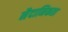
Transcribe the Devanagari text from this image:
नैदानिकता